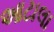
આટાલા